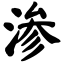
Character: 渗